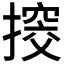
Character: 𢲷